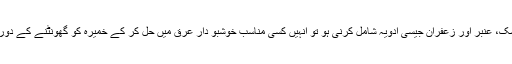
علاوہ ازیں اگر خمیرہ میں مُشک، عنبر اور زعفران جیسی ادویہ شامل کرنی ہو تو اُنہیں کسی مناسب خوشبو دار عرق میں حل کر کے خمیرہ کو گھونٹنے کے دوران تھوڑا تھوڑا ملاتے جائیں۔